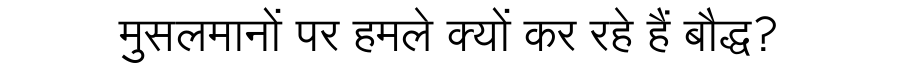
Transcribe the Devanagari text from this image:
मुसलमानों पर हमले क्यों कर रहे हैं बौद्ध?